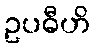
ဥပဓီဟိ